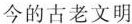
今的古老文明